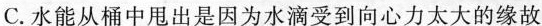
C.水能从桶中甩出是因为水滴受到向心力太大的缘故